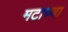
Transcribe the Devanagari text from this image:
मटाच्या